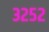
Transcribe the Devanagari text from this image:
३२५२